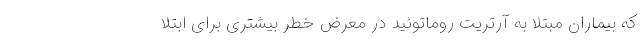
که بیماران مبتلا به آرتریت روماتوئید در معرض خطر بیشتری برای ابتلا